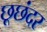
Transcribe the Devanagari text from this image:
छूछंदर